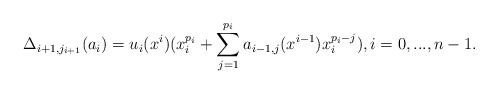
\begin{align*} \Delta_{i+1,j_{i+1}} ( a_{i} ) = u_{i} (x^{i}) (x_i^{p_i}+ \sum_{j=1}^{p_i} a_{i-1,j} (x^{i-1}) x_i^{p_i-j} ) , i=0,...,n-1. \end{align*}